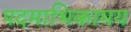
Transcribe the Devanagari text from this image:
पदमाभिकामय